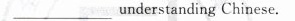
___understanding Chinese.